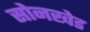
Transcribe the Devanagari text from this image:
सोनखेड